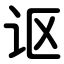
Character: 讴